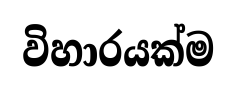
විහාරයක්ම